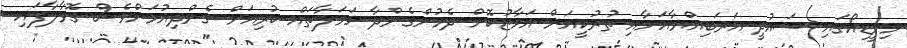
މިވީޑިއޯގައި ސައުދީ އަރަބިއްޔާއަށާއި ތުރުކީއަށް އަމާޒުކޮށް ދެމުންގެންދާ ހަމަލާތައް ކުރިއަށް ގެންދިއުމަށްވެސް ގޮވާލާފައި